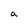
Character: a